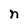
Character: n